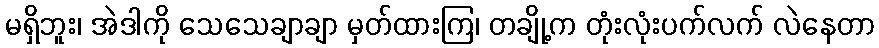
မရှိဘူး၊ အဲဒါကို သေသေချာချာ မှတ်ထားကြ၊ တချို့က တုံးလုံးပက်လက် လဲနေတာ